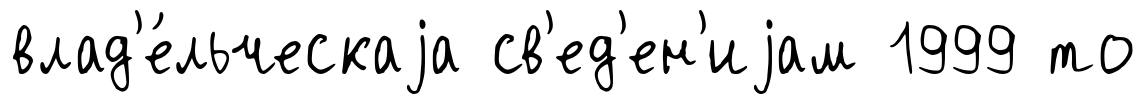
влад'е́льческаjа св'ед'ен'иjам 1999 то